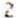
2